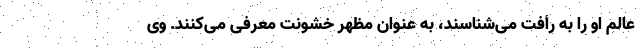
عالم او را به رأفت می‌شناسند، به عنوان مظهر خشونت معرفی می‌کنند. وی